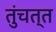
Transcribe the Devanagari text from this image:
तुंचत्त